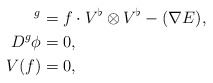
\begin{align*}^g &= f \cdot V^{\flat} \otimes V^{\flat} - (\nabla E), \\{D}^g \phi & = 0, \\V(f) &=0, \end{align*}